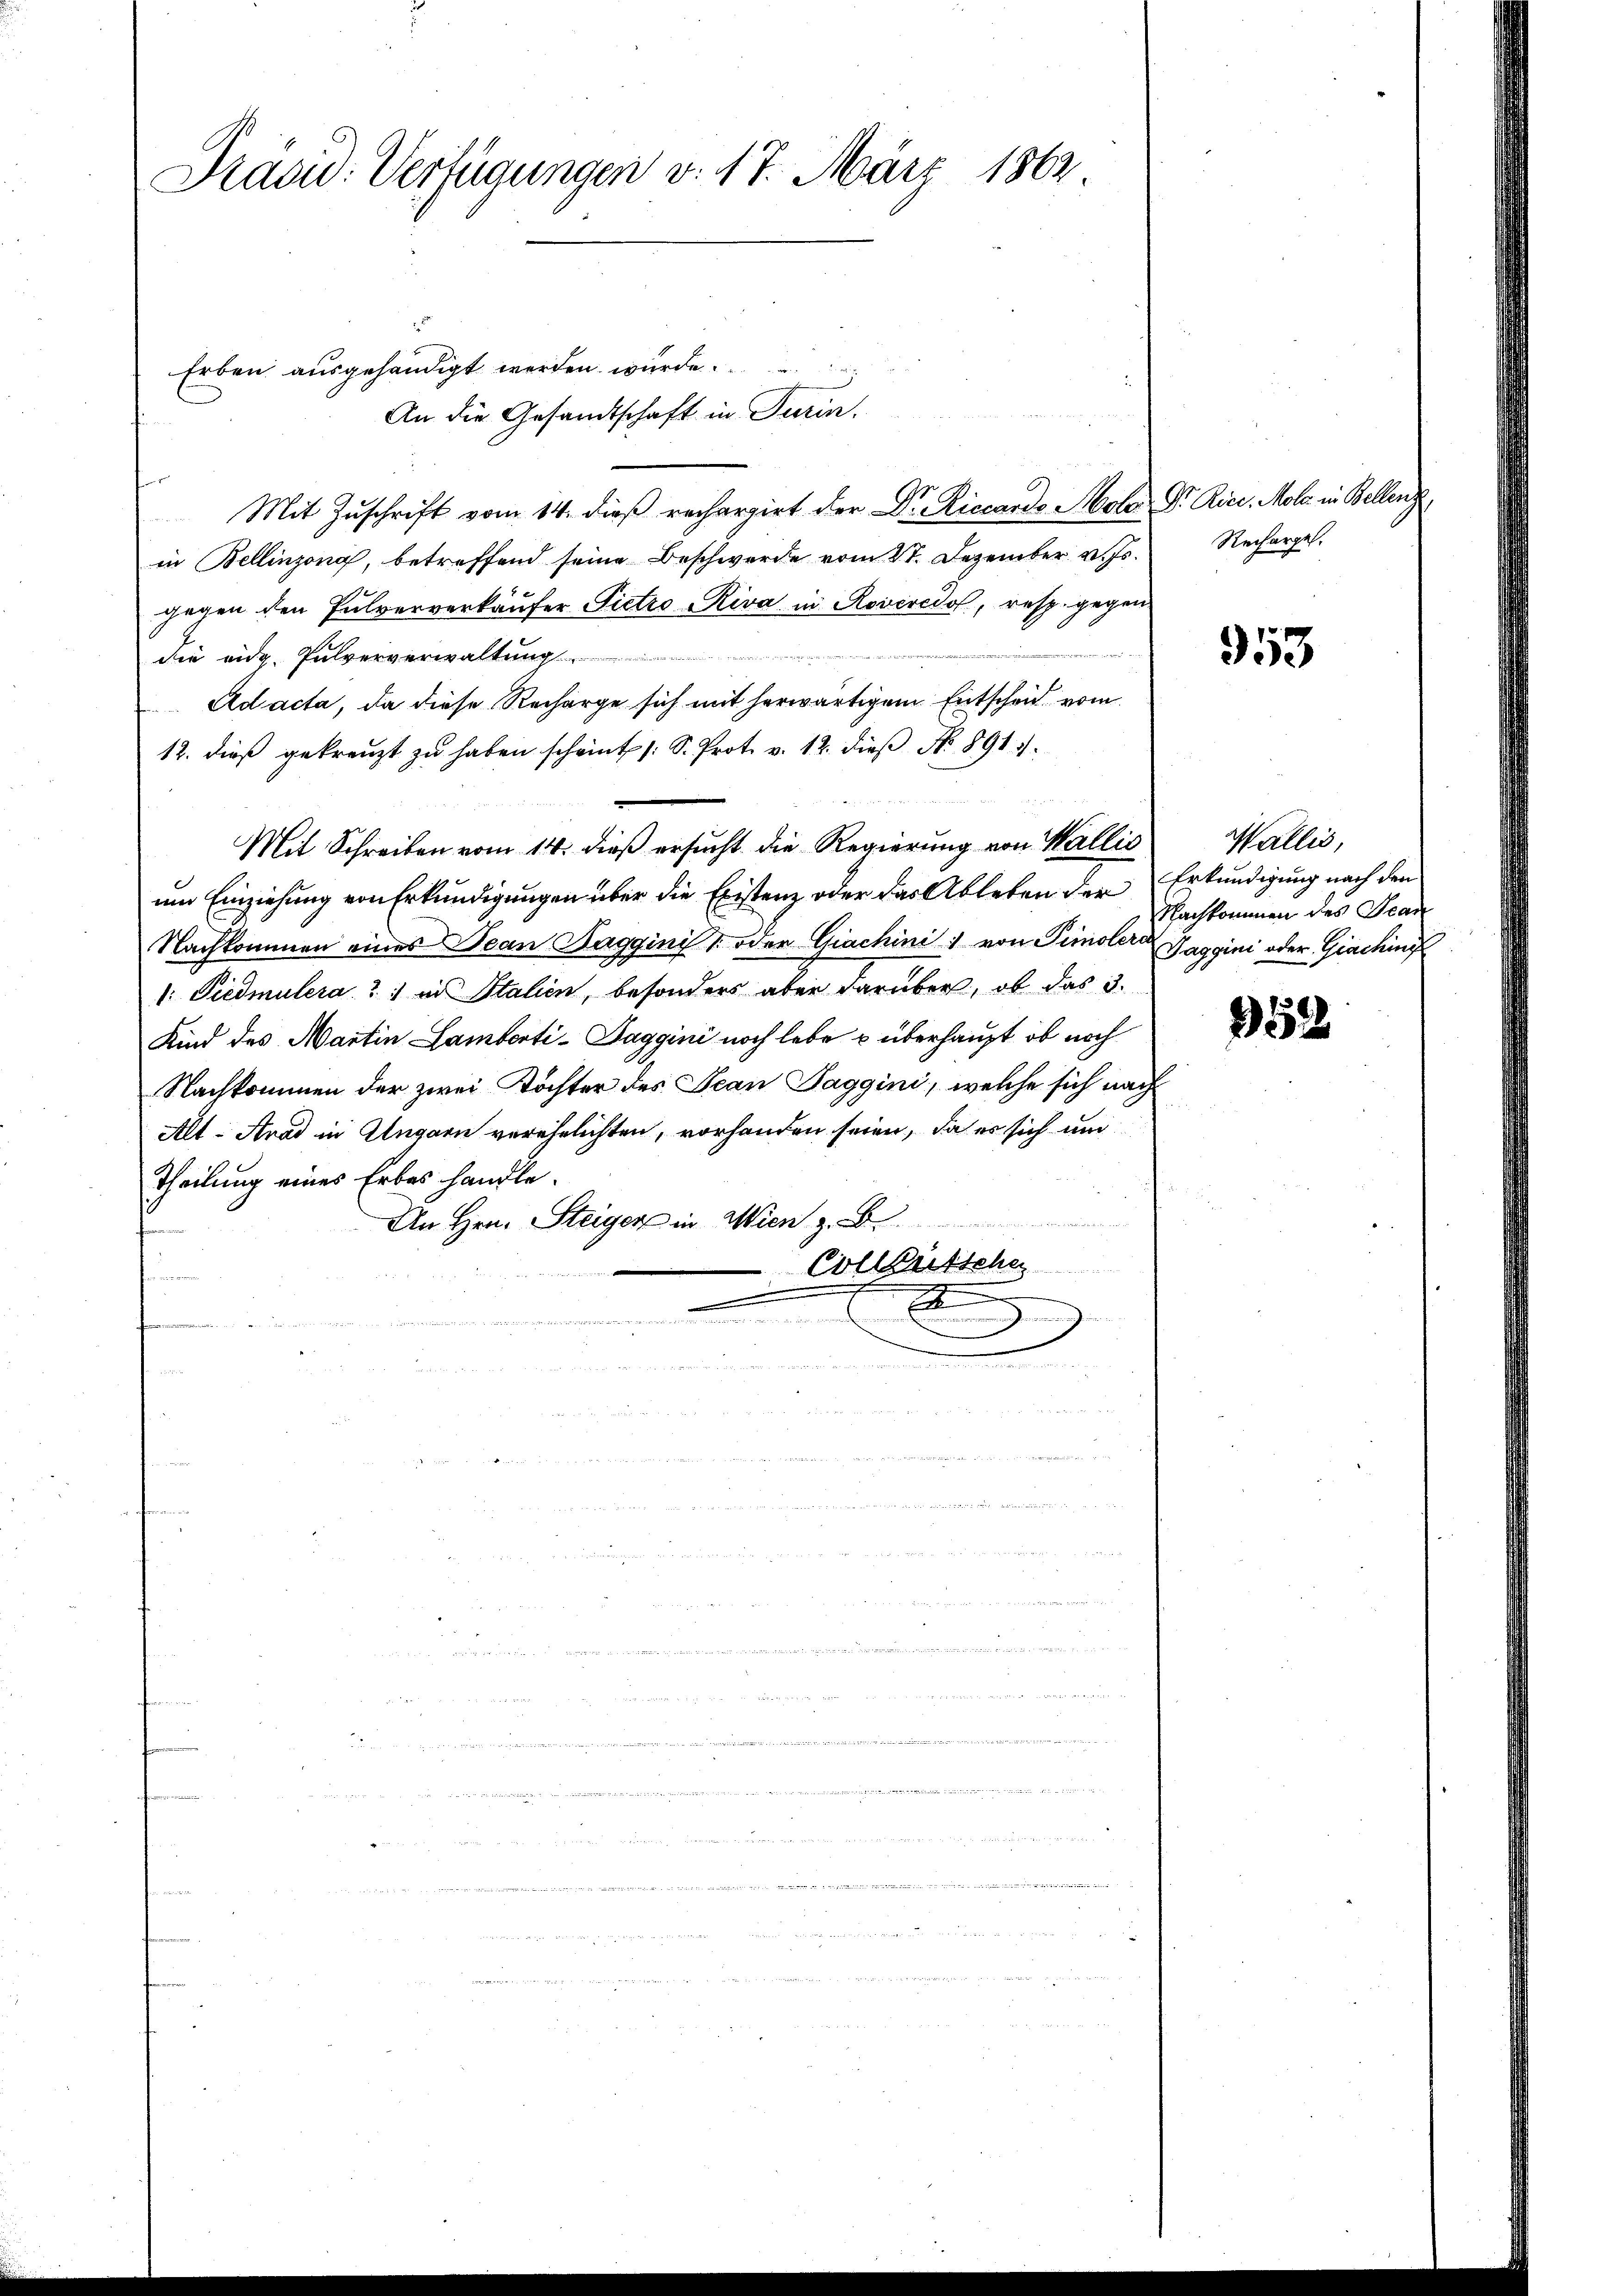
Präsid. Verfügungen v. 17. März 1862

Erben ausgehändigt werden würde.
An die Gesandtschaft in Turin.
h
Mit Zuschrift vom 14. dieß rechargirt der Dr. Riccardo Molo Dr. Rice. Mole in Bellenz
in Bellinzona, betreffend seine Beschwerde vom 21. Dezember v. Js.
gegen den Pulververkäufer Pietro Riva in Roveredo, resp. gegen
die eidg. Pulververwaltung
Ad acta, da diese Recharge sich mit herwärtigem Entscheid vom
12. dieß gekreuzt zu haben scheint /: S. Prot. v. 12. dieβ N. 891.
Mit Schreiben vom 14. dieß ersucht die Regierung von Wallić
um Einziehung von Erkundigungen über die Existenz oder das Ableben der
Nachkommen eines Jean Haggini  oder Giachini von Tiroler Taggini oder Giaching
1: Tiedmulera?) in Italien, besonders aber darüber, ob das 3.
Kind des Martin Lamberti-Daggini noch lebe u überhaupt, ob noch
Nachkommen der zwei Töchter des Jean Taggini, welche sich nach
Alt-Arad in Ungarn verehelichten, vorhanden seien, da es sich und
Theilung eines Erbes handle.
¬
An Hrn. Steiger in Wien z. B.
Colleutsche
u
.
n
.

.

Recharges.

953

Wallis,
Erkundigung nach den
Nachkommen des Jean

252